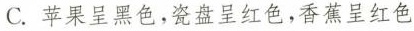
C.苹果呈黑色，瓷盘呈红色，香蕉呈红色